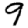
Digit: 9